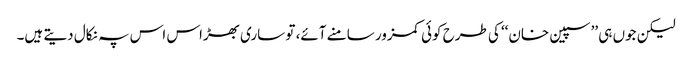
لیکن جوں ہی ’’سپین خان‘‘ کی طرح کوئی کمزور سامنے آئے، تو ساری بھڑاس اس پہ نکال دیتے ہیں۔